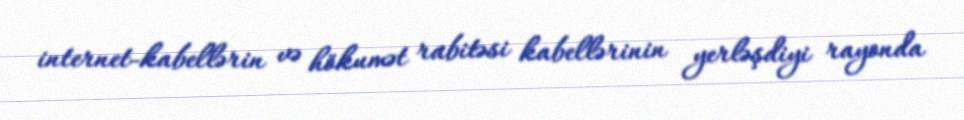
internet-kabellərin və hökumət rabitəsi kabellərinin yerləşdiyi rayonda